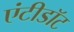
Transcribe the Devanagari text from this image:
एंटीडाॅट